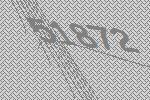
51872